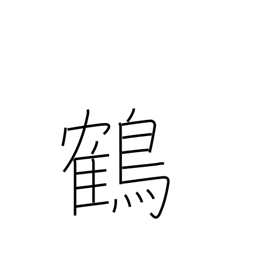
Meaning: stork